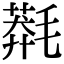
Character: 𣯬